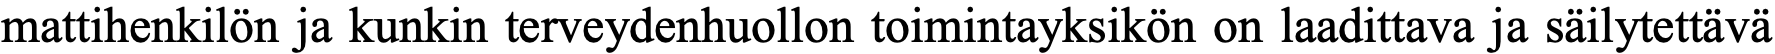
mattihenkilön ja kunkin terveydenhuollon toimintayksikön on laadittava ja säilytettävä